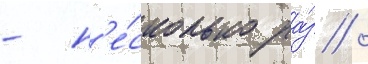
- н'е́сколько ра́з /